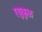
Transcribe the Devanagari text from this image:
रघुकुळ